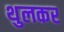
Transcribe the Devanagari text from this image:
थुलकर